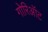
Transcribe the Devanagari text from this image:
गोरिऑट